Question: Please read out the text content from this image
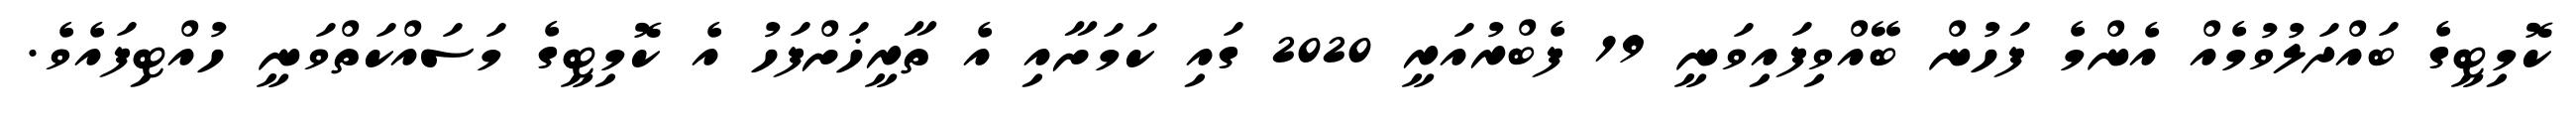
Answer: ކޮމިޓީގެ ބައްދަލުވުމެއް އެންމެ ފަހުން ބޭއްވިފައިވަނީ 19 ފެބްރުއަރީ 2020 ގައި ކަމަށާއި އެ ތާރީޚަށްފަހު އެ ކޮމިޓީގެ މަސައްކަތްވަނީ ހުއްޓިފައެވެ.